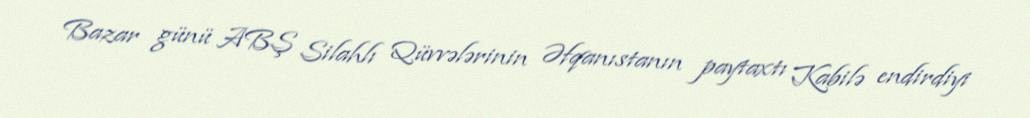
Bazar günü ABŞ Silahlı Qüvvələrinin Əfqanıstanın paytaxtı Kabilə endirdiyi